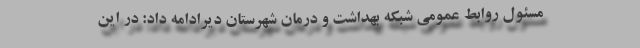
مسئول روابط عمومی شبکه بهداشت و درمان شهرستان دیرادامه داد: در این